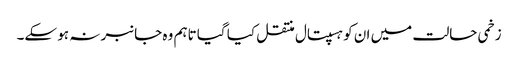
زخمی حالت میں ان کو ہسپتال منتقل کیا گیا تاہم وہ جانبر نہ ہو سکے۔